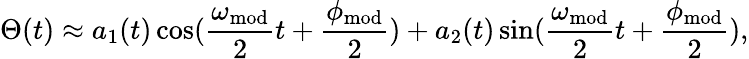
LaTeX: \Theta(t)\approx a_{1}(t)\cos(\frac{\omega_{\mathrm{mod}}}{2}t+\frac{\phi_{\mathrm{mod}}}{2})+a_{2}(t)\sin(\frac{\omega_{\mathrm{mod}}}{2}t+\frac{\phi_{\mathrm{mod}}}{2}),